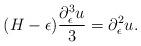
LaTeX: \begin{align*}(H-\epsilon)\frac{\partial_\epsilon ^3 u}{3}=\partial_\epsilon^2 u.\end{align*}